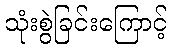
သုံးစွဲခြင်းကြောင့်